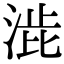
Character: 𭰱